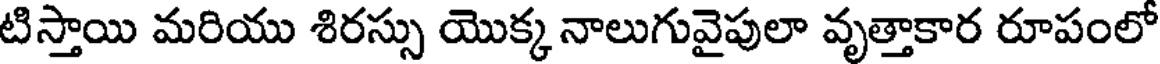
టిస్తాయి మరియు శిరస్సు యొక్క నాలుగువైపులా వృత్తాకార రూపంలో